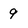
Character: 9